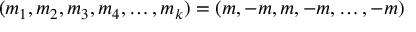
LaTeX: ( m _ { 1 } , m _ { 2 } , m _ { 3 } , m _ { 4 } , \ldots , m _ { k } ) = ( m , - m , m , - m , \ldots , - m )